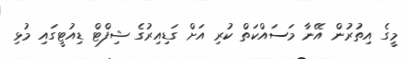
މީގެ އިތުރުން އޭނާ މަސައްކަތް ކުރި އަށް ގަޑިއިރުގެ ޝިފްޓް ޑިއުޓީގައި މުޅި